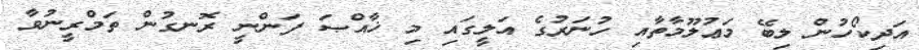
އަދިކޯހުން ލިބޭ މަޢުލޫމާތާއި ހުނަރުގެ އަލީގައި މި ޚާއްޞަ ފަންނީ ރޮނގުން ތަމްރީނުވާ